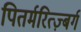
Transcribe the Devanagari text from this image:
पितर्मरित्ज़्बर्ग